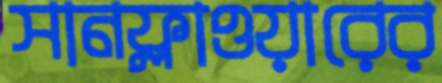
সানফ্লাওয়ারের